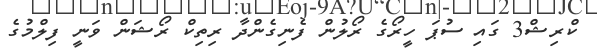
ކްރިޝް3 ގައި ސުޕަ ހީރޯގެ ރޯލުން ފެނިގެންދާ ރިތިކް ރޯޝަން ވަނީ ފިލްމުގެ